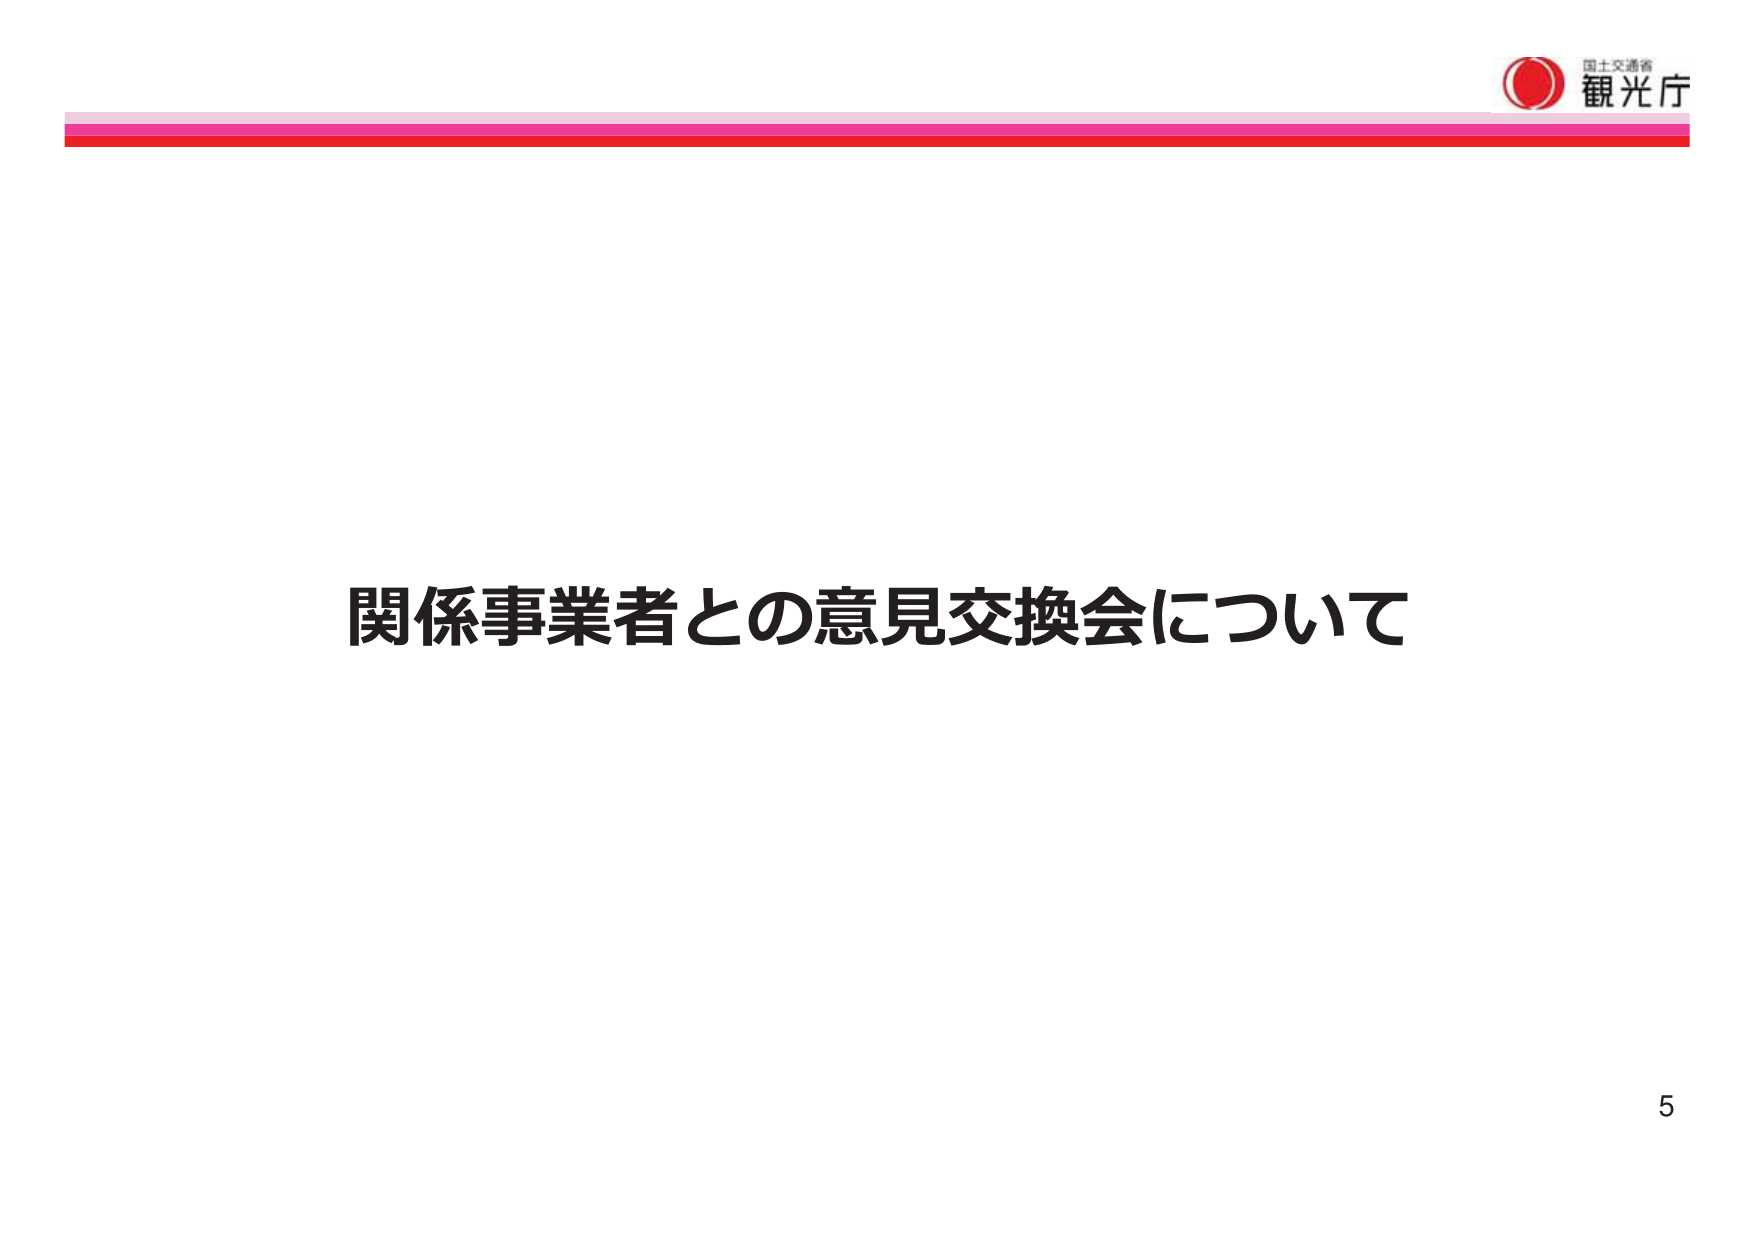
国土交通省
観光庁
関係事業者との意見交換会について
5